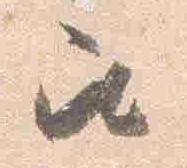
召